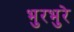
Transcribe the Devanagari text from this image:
भुरभुरे